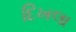
દિખલા